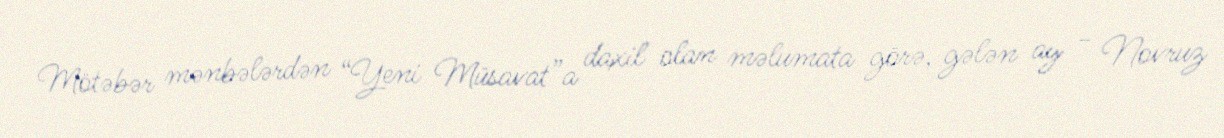
Mötəbər mənbələrdən “Yeni Müsavat”a daxil olan məlumata görə, gələn ay - Novruz